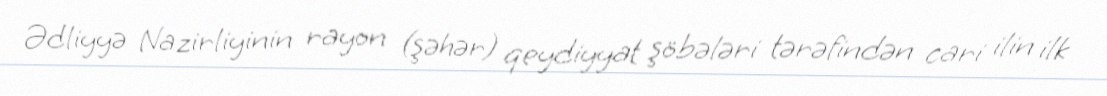
Ədliyyə Nazirliyinin rayon (şəhər) qeydiyyat şöbələri tərəfindən cari ilin ilk